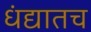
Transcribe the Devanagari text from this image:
धंद्यातच